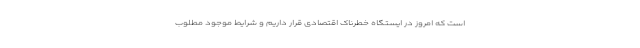
است که امروز در ایستگاه خطرناک اقتصادی قرار داریم و شرایط موجود مطلوب